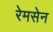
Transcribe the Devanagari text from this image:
रेमसेन